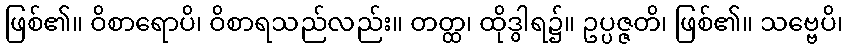
ဖြစ်၏။ ဝိစာရောပိ၊ ဝိစာရသည်လည်း။ တတ္ထ၊ ထိုဒွါရ၌။ ဥပ္ပဇ္ဇတိ၊ ဖြစ်၏။ သဗ္ဗေပိ၊